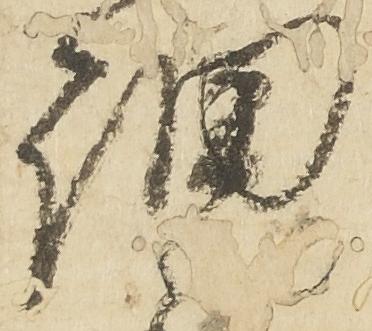
細